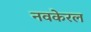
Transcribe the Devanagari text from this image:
नवकेरल